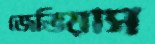
জেভিয়াস